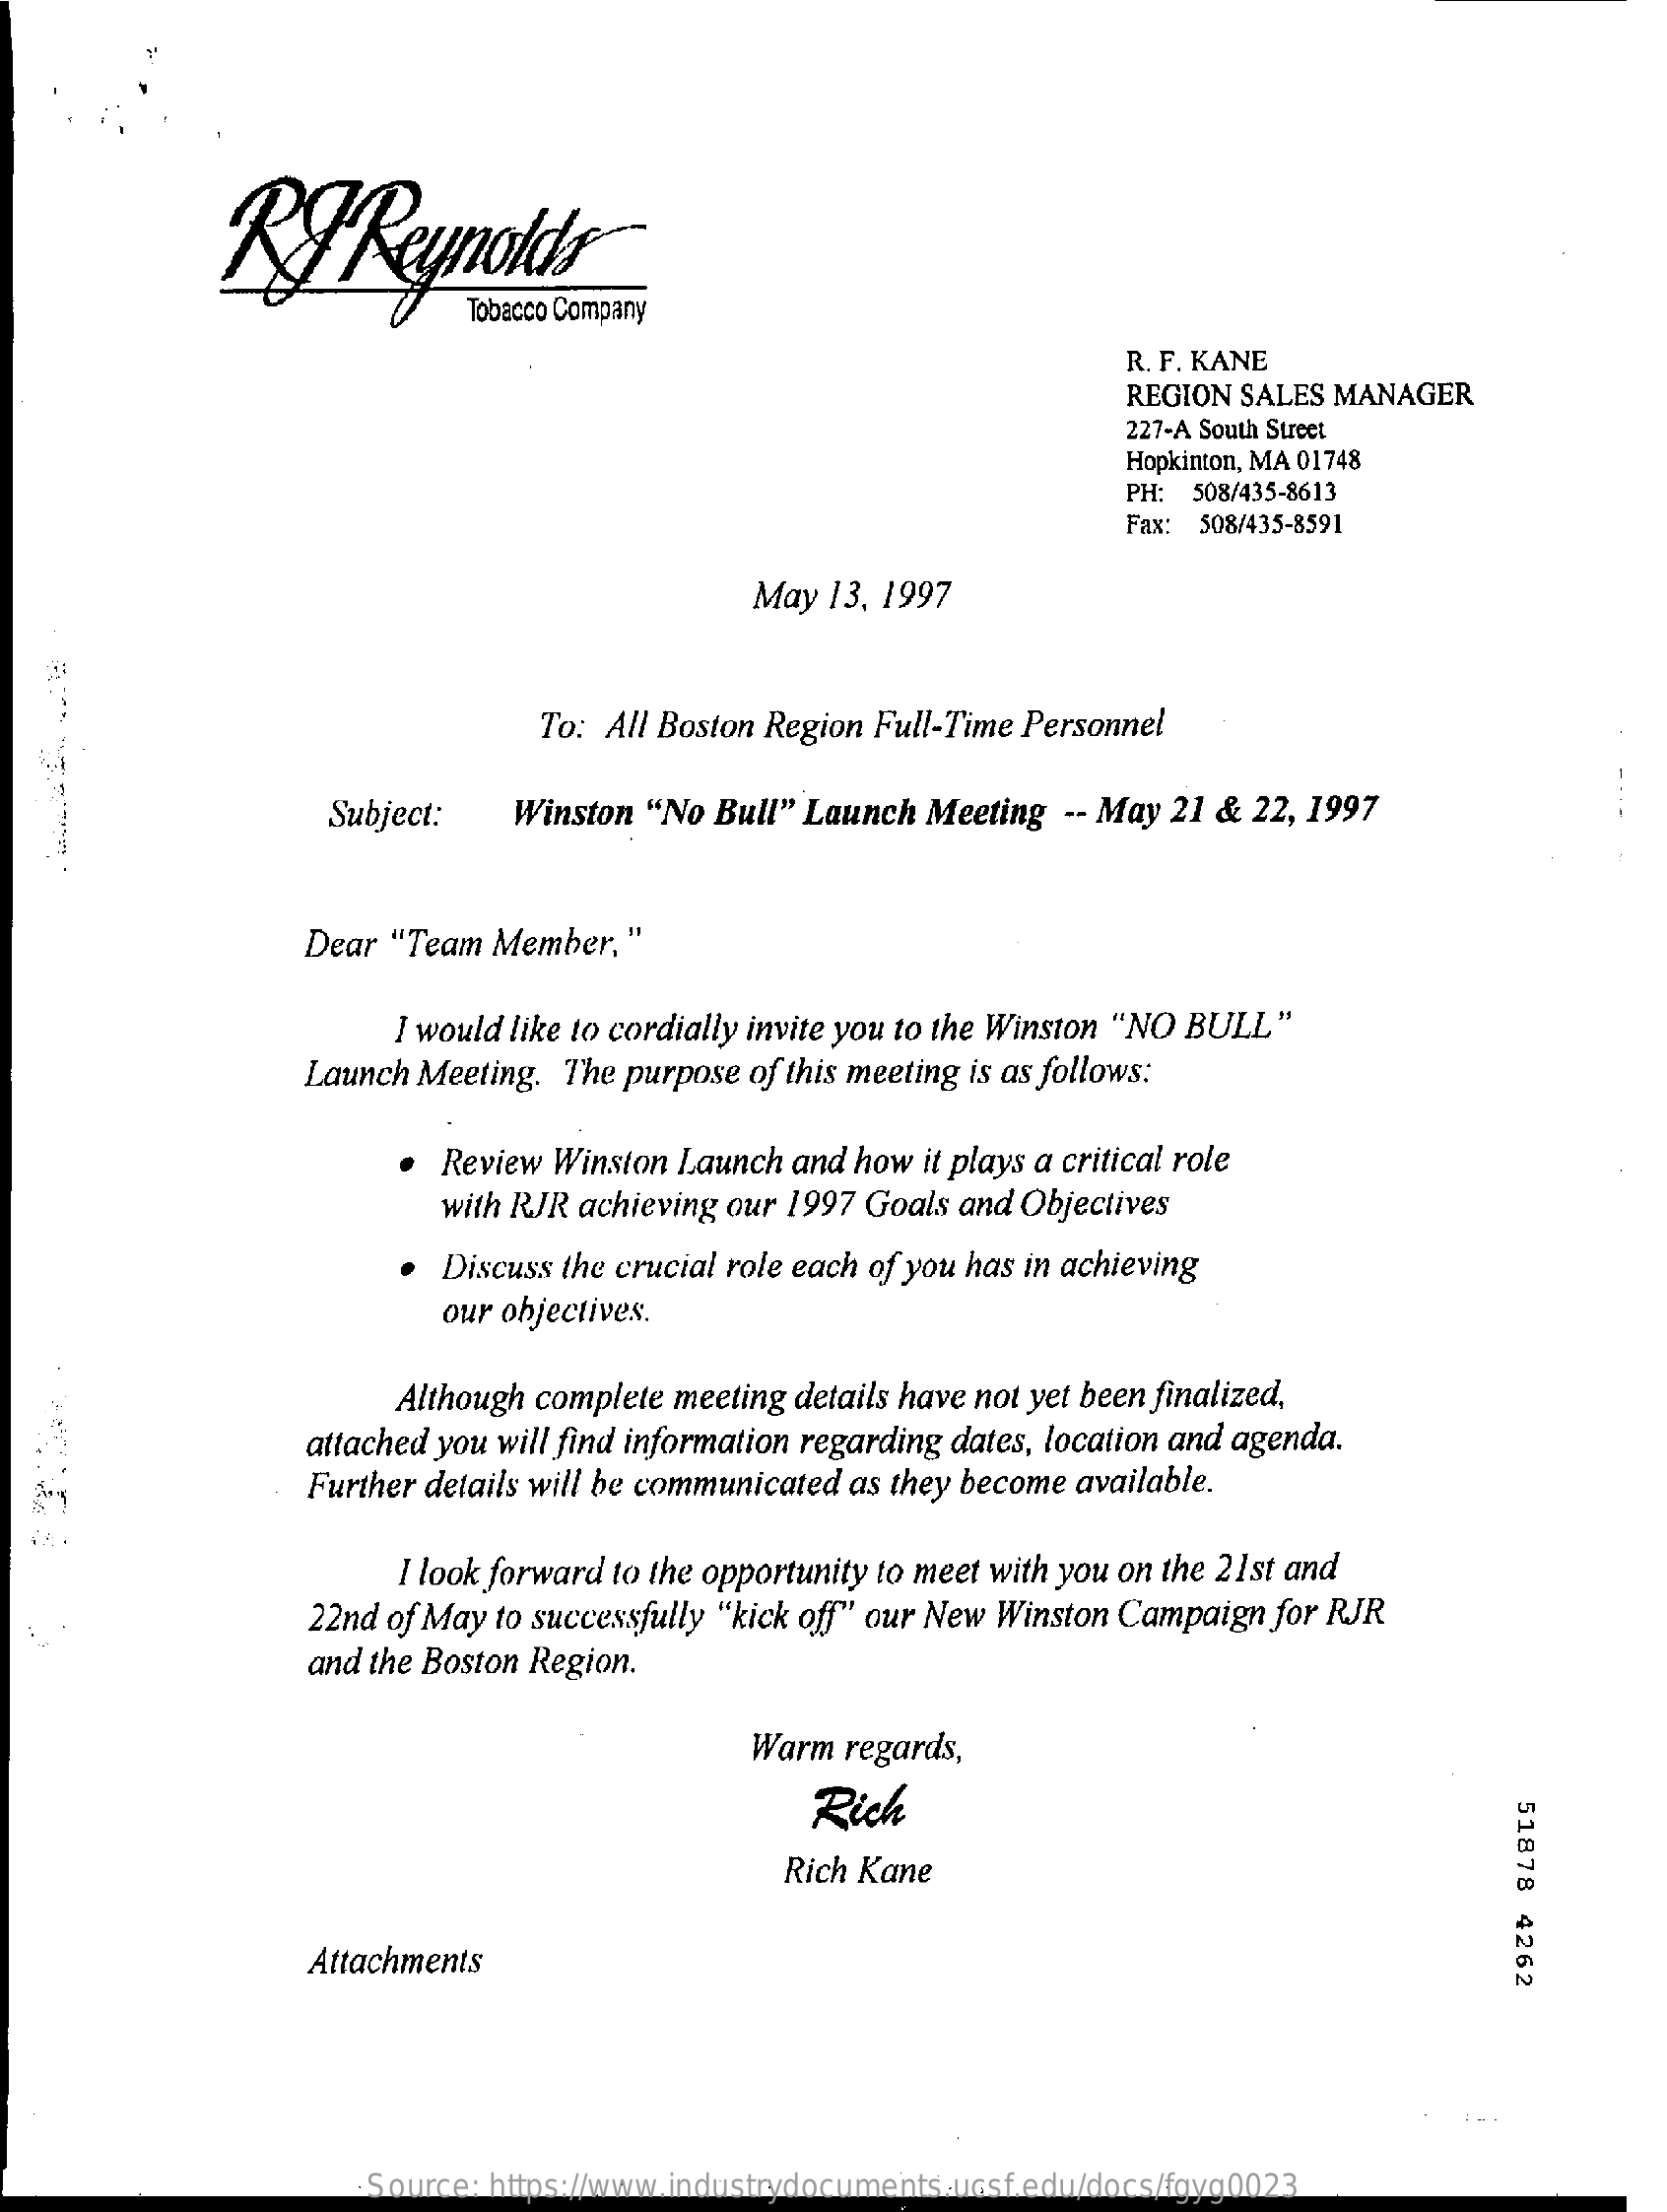
RT    Reynolds
     Tobacco Company
     R. F. KANE
     REGION SALES MANAGER
     227-A South Street
     Hopkinton, MA 01748
     PH: 508/435-8613
     Fax: 508/435-8591
     May 13, 1997
     To: All Boston Region Full-Time Personnel
     Subject:   Winston "No Bull" Launch Meeting  -- May 21 & 22, 1997
     Dear "Team Member."
     I would like to cordially invite you to the Winston "NO BULL"
     Launch Meeting. The purpose of this meeting is as follows:
     Review Winston Launch and how it plays a critical role
     with RJR achieving our 1997 Goals and Objectives
     Discuss the crucial role each of you has in achieving
     our objectives.
     Although complete meeting details have not yet been finalized,
     attached you will find information regarding dates, location and agenda.
     Further details will be communicated as they become available.
     I look forward to the opportunity to meet with you on the 21st and
     22nd of May to successfully "kick off" our New Winston Campaign for RJR
     and the Boston Region.
     Warm regards,
     Rich
     51878
     4262
     Rich Kane
     Attachments
     Source: https://www.industrydocuments.ucsf.edu/docs/fgyg0023